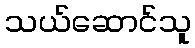
သယ်ဆောင်သူ